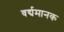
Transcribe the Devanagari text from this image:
वर्द्यमानक